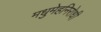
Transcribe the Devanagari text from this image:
मधुमेहनिरोधी